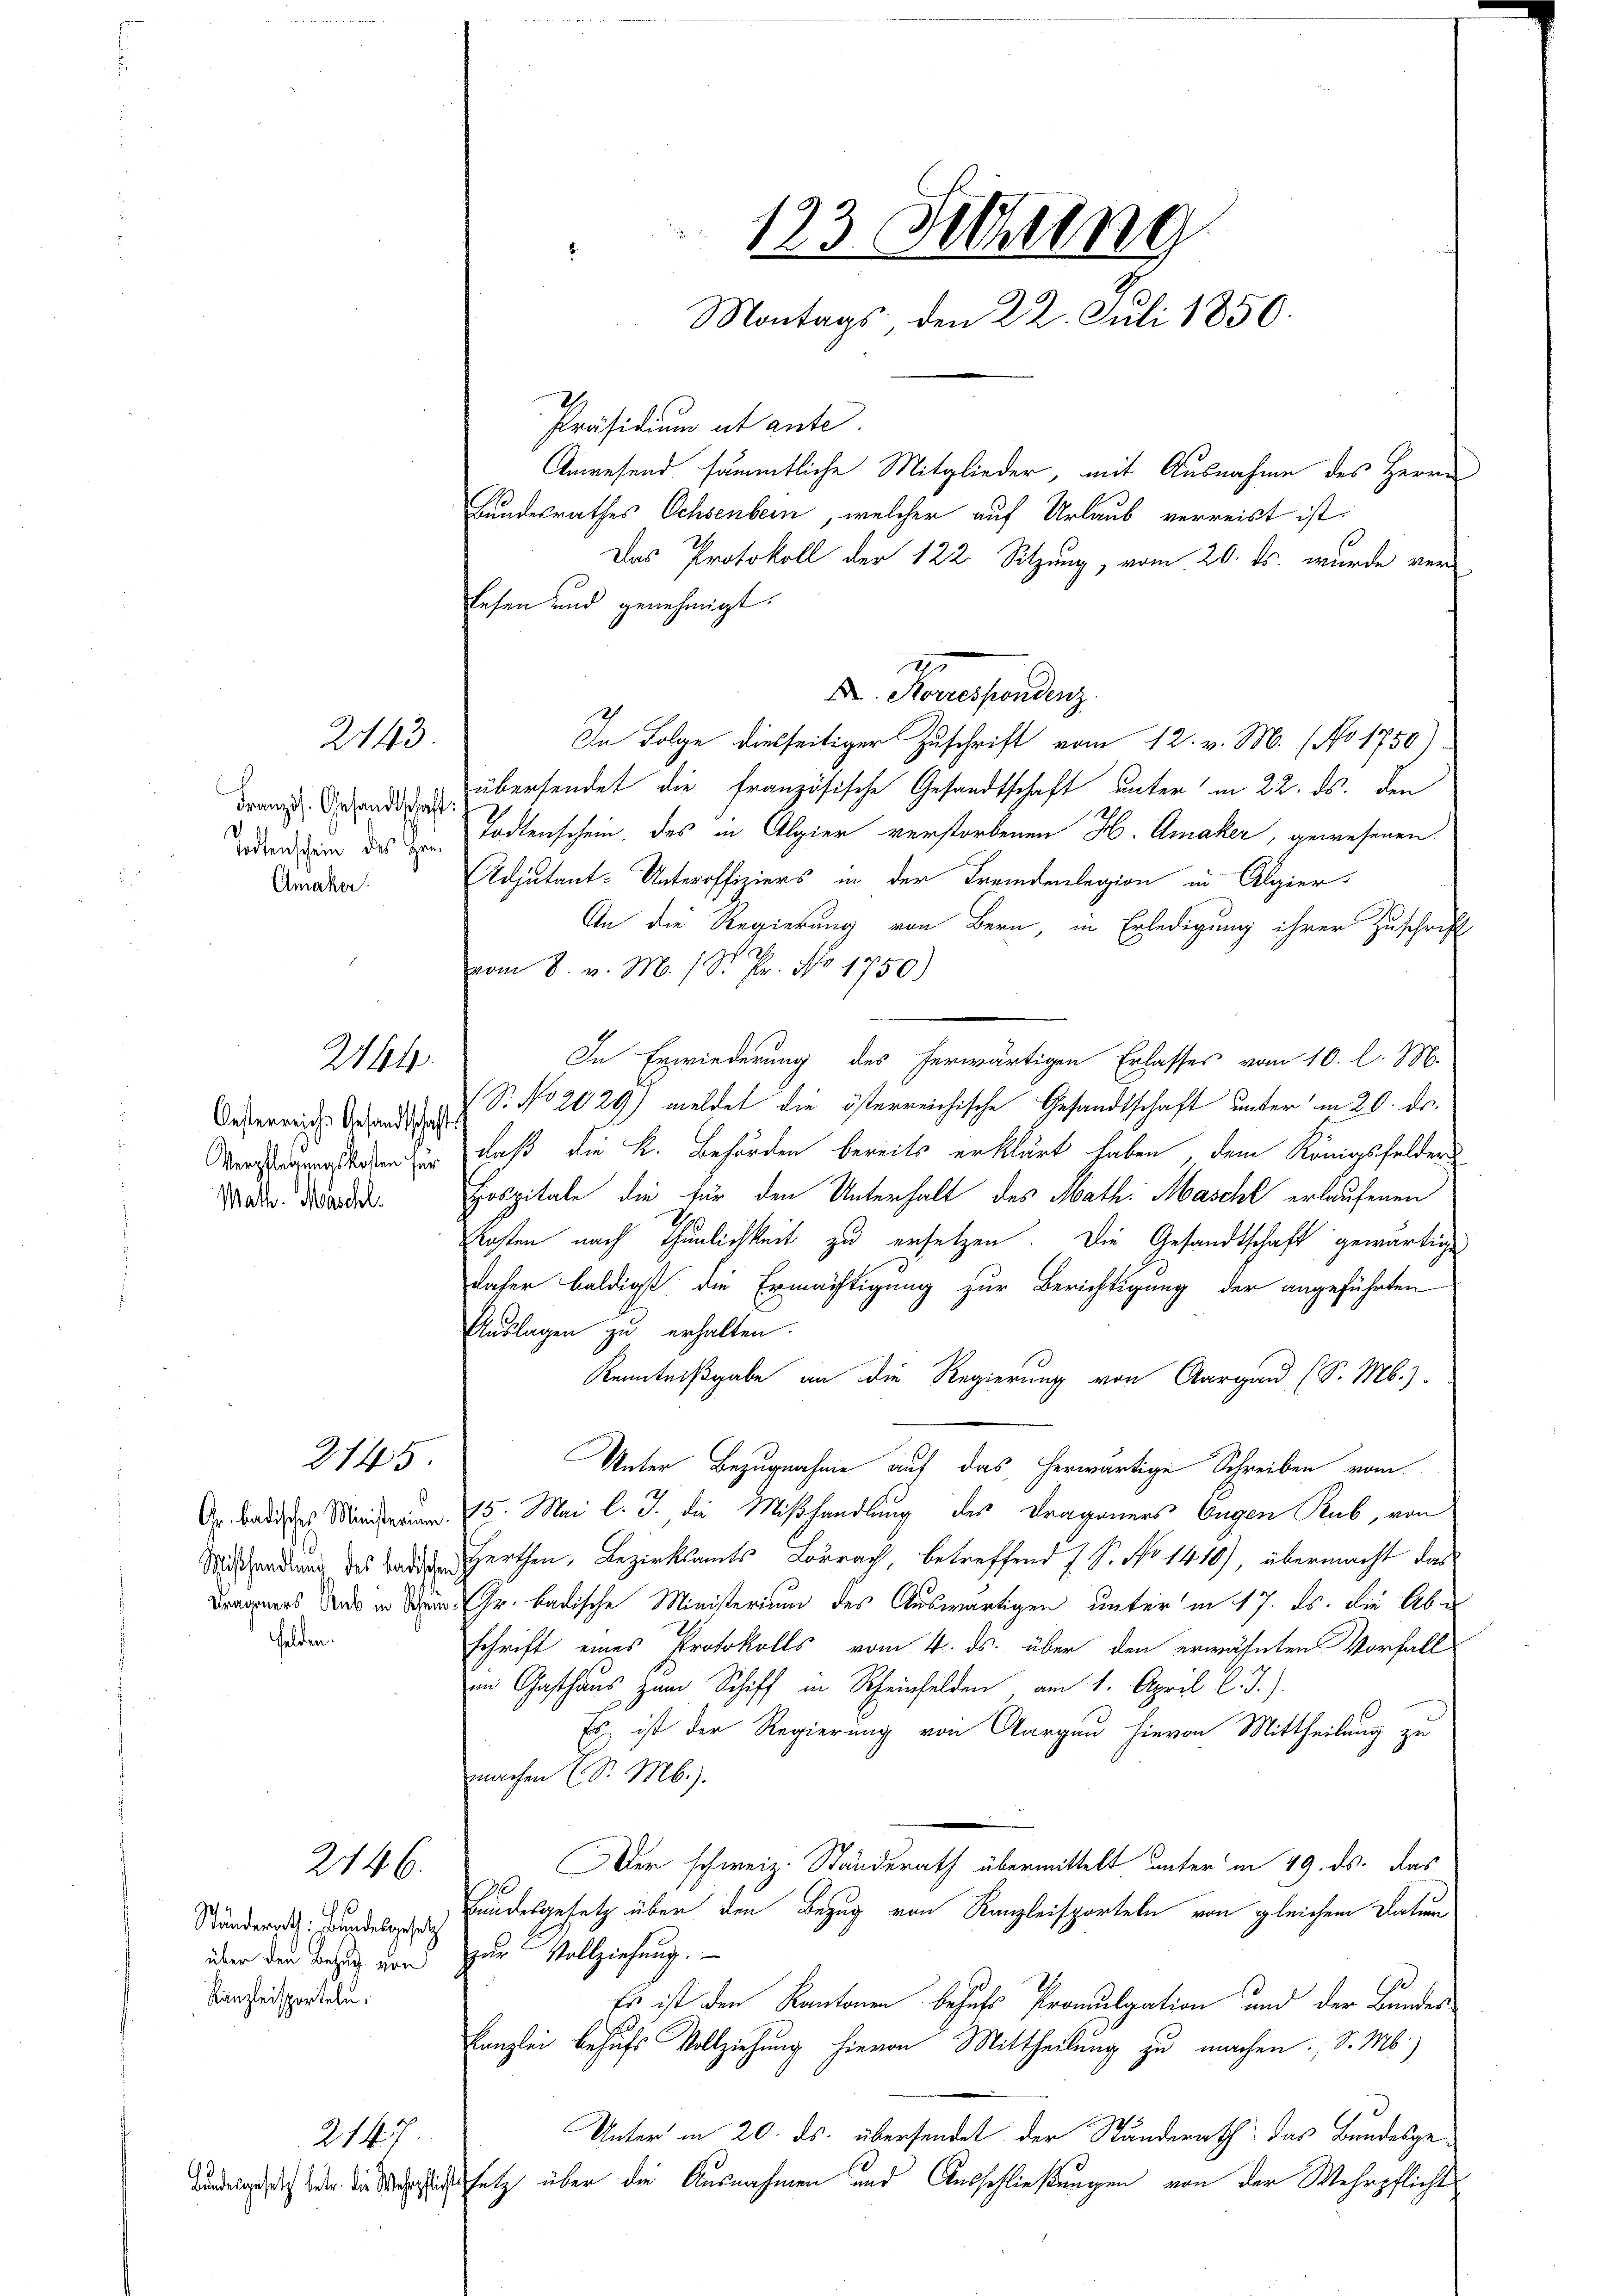
Französ. Gesandtschaft:
Amaker

Oesterreichs Gesandtschafts
Math. Maschl.

Kanzleisporteln;

2144.

2143.

Felden.

3145

246.

2147.
Bundesgesetz betr. die Wahr

Das Protokoll der 122. Sitzung, vom 20. ds. wurde ver-
lesen und genehmigt.
2
A. Korrespondenz
In Folge diesseitiger Zuschrift vom 12. v. M. (No 1750
übersendet die französische Gesandtschaft unter in 22. ds. den
eendium des Todtenschein des in Algier verstorbenen H. Amaker, gewesenen
Adjutant-Unteroffiziers in der Fremdenlegion in Algier-
An die Regierung von Bern, in Erledigung ihrer Zuschrift
vom 8. v. M. / Sr. Pr. No 1750)
In Erwiederung des herwärtigen Erlasses vom 10. l. M.
S. No 2029) meldet die österreichische Gesandtschaft unter am 20. ds.
Verstigungsstaben zu, daß die k. Behörden bereits erklärt haben, dem Königsfelder
Hospitale die für den Unterhalt des Math. Mascht erlaufenen
Ernsten nach Thunlichkeit zu ersetzen. Die Gesandtschaft gewärtigen
daher baldigst die Ermächtigung zur Berichtigung der angeführten
Auslagen zu erhalten.
Kenntnißgabe an die Regierung von Aargau (S. M.).
Unter Bezugnahme auf das herwärtige Schreiben vom
Dr. Bades Mindern 15. Mai l. J. die Mißhandlung des Draganers Eugen Rub, von
Mißhandlung des Baden erthen, Bezirksamts Lörrach, betreffend 1 S. No 1410), übermacht das
Bragners und in dem Hr. badische Ministerium des Auswärtigen unter in 17. ds. die Aber
schrift eines Protokolls vom 4. ds. über den erwähnten Vorfall
im Gasthaus zum Schiff in Rheinfelden am 1. April l. J.).
Es ist der Regierung von Aargau hievon Mittheilung zu
machen (S. M.).
Der schweiz. Ständerath übermittelt unter in 49. ds. das
9
Ständern undesgesetz über den Bezug von Kanzleisporteln von gleichem Datum
über den Bezug von zur Vollziehung.
Es ist den Kantonen behufs Promulgation und der Bundes-
Kanzlei behufs Vollziehung hievon Mittheilung zu machen; d. M.)
Unter in 20. ds. übersendet der Standerath das Bundesge¬
Dissetz über die Ausnahmen und Ausschließungen von der Mehrpflicht

123 Setzung
Montags den 22. Juli 1850.
Präsidium ut ante.
Anwesend sämmtliche Mitglieder, mit Ausnahme des Herrn
Bundesrathes Ochsenbern, welcher auf Urlaub verreist ist: